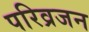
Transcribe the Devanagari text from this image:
परिव्रजन